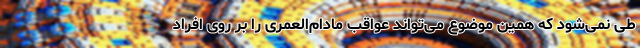
طی نمی‌شود که همین موضوع می‌تواند عواقب مادام‌العمری را بر روی افراد